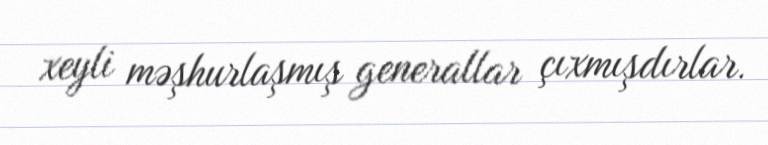
xeyli məşhurlaşmış generallar çıxmışdırlar.